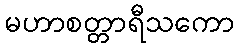
မဟာစတ္တာရီသကော